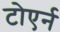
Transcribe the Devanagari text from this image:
टोएर्न